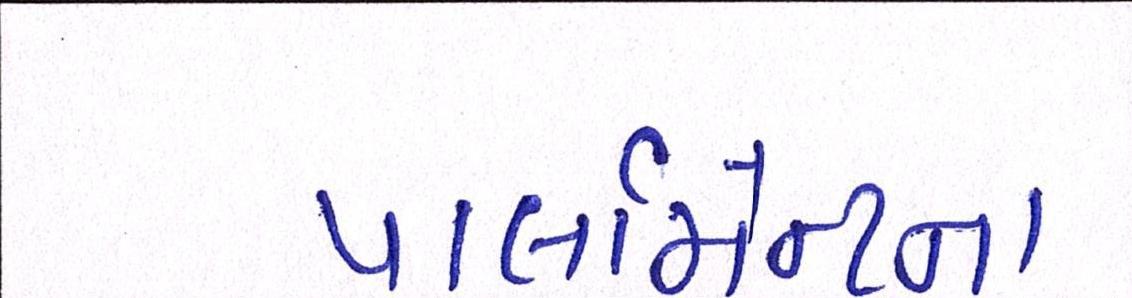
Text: પાર્લામેન્ટના